Civil Veterinary Dept. Bombay admin report 1900-1906 - 1900-1906
Year: 1900
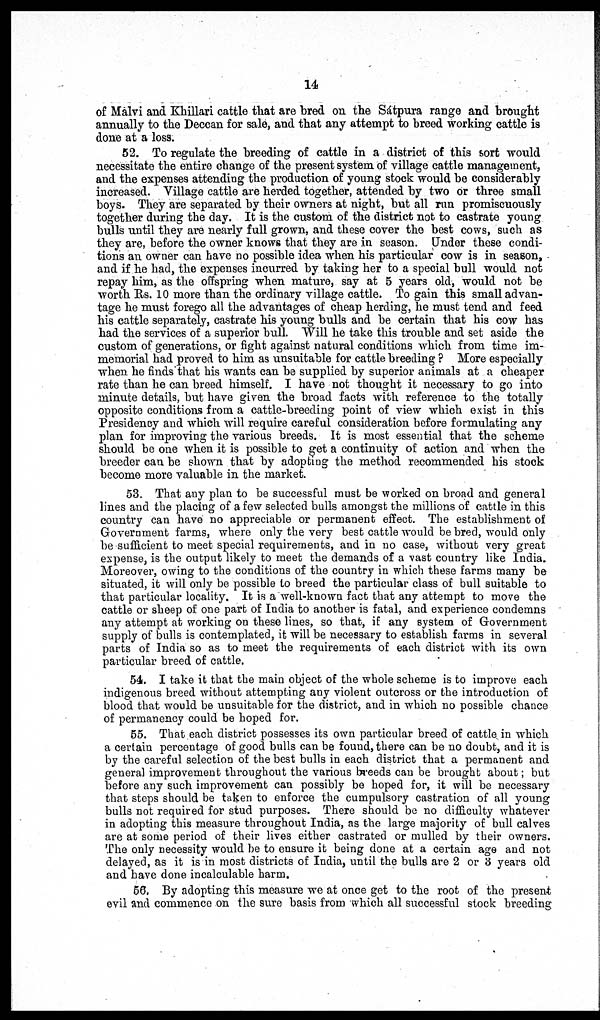
14
of Malvi and Khillari cattle that are bred on the Sátpura range and brought
annually to the Deccan for sale, and that any attempt to breed working cattle is
done at a loss.
52. To regulate the breeding of cattle in a district of this sort would
necessitate the entire change of the present system of village cattle management,
and the expenses attending the production of young stock would be considerably
increased. Village cattle are herded together, attended by two or three small
boys. They are separated by their owners at night, but all run promiscuously
together during the day. It is the custom of the district not to castrate young
bulls until they are nearly full grown, and these cover the best cows, such as
they are, before the owner knows that they are in season. Under these condi-
tions an owner can have no possible idea when his particular cow is in season,
and if he had, the expenses incurred by taking her to a special bull would not
repay him, as the offspring when mature, say at 5 years old, would not be
worth Rs. 10 more than the ordinary village cattle. To gain this small advan-
tage he must forego all the advantages of cheap herding, he must tend and feed
his cattle separately, castrate his young bulls and be certain that his cow has
had the services of a superior bull. Will he take this trouble and set aside the
custom of generations, or fight against natural conditions which from time im-
memorial had proved to him as unsuitable for cattle breeding? More especially
when he finds that his wants can be supplied by superior animals at a cheaper
rate than he can breed himself. I have not thought it necessary to go into
minute details, but have given the broad facts with reference to the totally
opposite conditions from a cattle-breeding point of view which exist in this
Presidency and which will require careful consideration before formulating any
plan for improving the various breeds. It is most essential that the scheme
should be one when it is possible to get a continuity of action and when the
breeder can be shown that by adopting the method recommended his stock
become more valuable in the market.
53. That any plan to be successful must be worked on broad and general
lines and the placing of a few selected bulls amongst the millions of cattle in this
country can have no appreciable or permanent effect. The establishment of
Government farms, where only the very best cattle would be bred, would only
be sufficient to meet special requirements, and in no case, without very great
expense, is the output likely to meet the demands of a vast country like India.
Moreover, owing to the conditions of the country in which these farms many be
situated, it will only be possible to breed the particular class of bull suitable to
that particular locality. It is a well-known fact that any attempt to move the
cattle or sheep of one part of India to another is fatal, and experience condemns
any attempt at working on these lines, so that, if any system of Government
supply of bulls is contemplated, it will be necessary to establish farms in several
parts of India so as to meet the requirements of each district with its own
particular breed of cattle.
54. I take it that the main object of the whole scheme is to improve each
indigenous breed without attempting any violent outcross or the introduction of
blood that would be unsuitable for the district, and in which no possible chance
of permanency could be hoped for.
55. That each district possesses its own particular breed of cattle in which
a certain percentage of good bulls can be found, there can be no doubt, and it is
by the careful selection of the best bulls in each district that a permanent and
general improvement throughout the various breeds can be brought about; but
before any such improvement can possibly be hoped for, it will be necessary
that steps should be taken to enforce the cumpulsory castration of all young
bulls not required for stud purposes. There should be no difficulty whatever
in adopting this measure throughout India, as the large majority of bull calves
are at some period of their lives either castrated or mulled by their owners.
The only necessity would be to ensure it being done at a certain age and not
delayed, as it is in most districts of India, until the bulls are 2 or 3 years old
and have done incalculable harm.
56. By adopting this measure we at once get to the root of the present
evil and commence on the sure basis from which all successful stock breeding